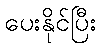
ပေးနိုင်ပြီး